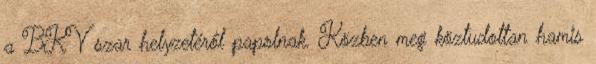
a BKV szar helyzetéről papolnak. Közben meg köztudottan hamis